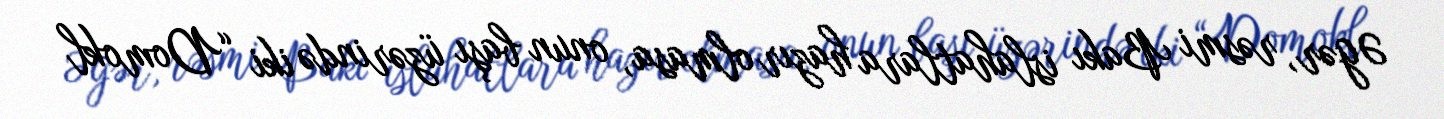
Əgər, rəsmi Bakı islahatlara hazır olmasa, onun başı üzərində iki “Domokl